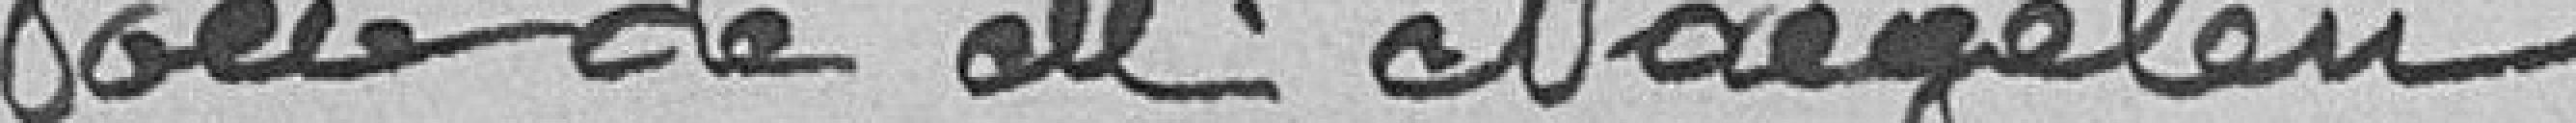
Voeu de M. Naegelen